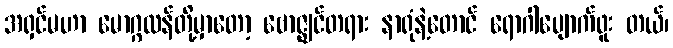
အရှင်မဟာ မောဂ္ဂလန်တို့မှာတော့ ဗောဇ္ဈင်တရား နာရုံနဲ့တောင် ရောဂါပျောက်ဖူး တယ်၊